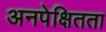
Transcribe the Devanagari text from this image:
अनपेक्षितता